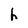
Character: h